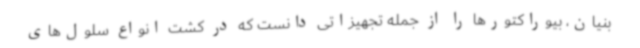
بنیان، بیوراکتورها را از جمله تجهیزاتی دانست که در کشت انواع سلول‌های